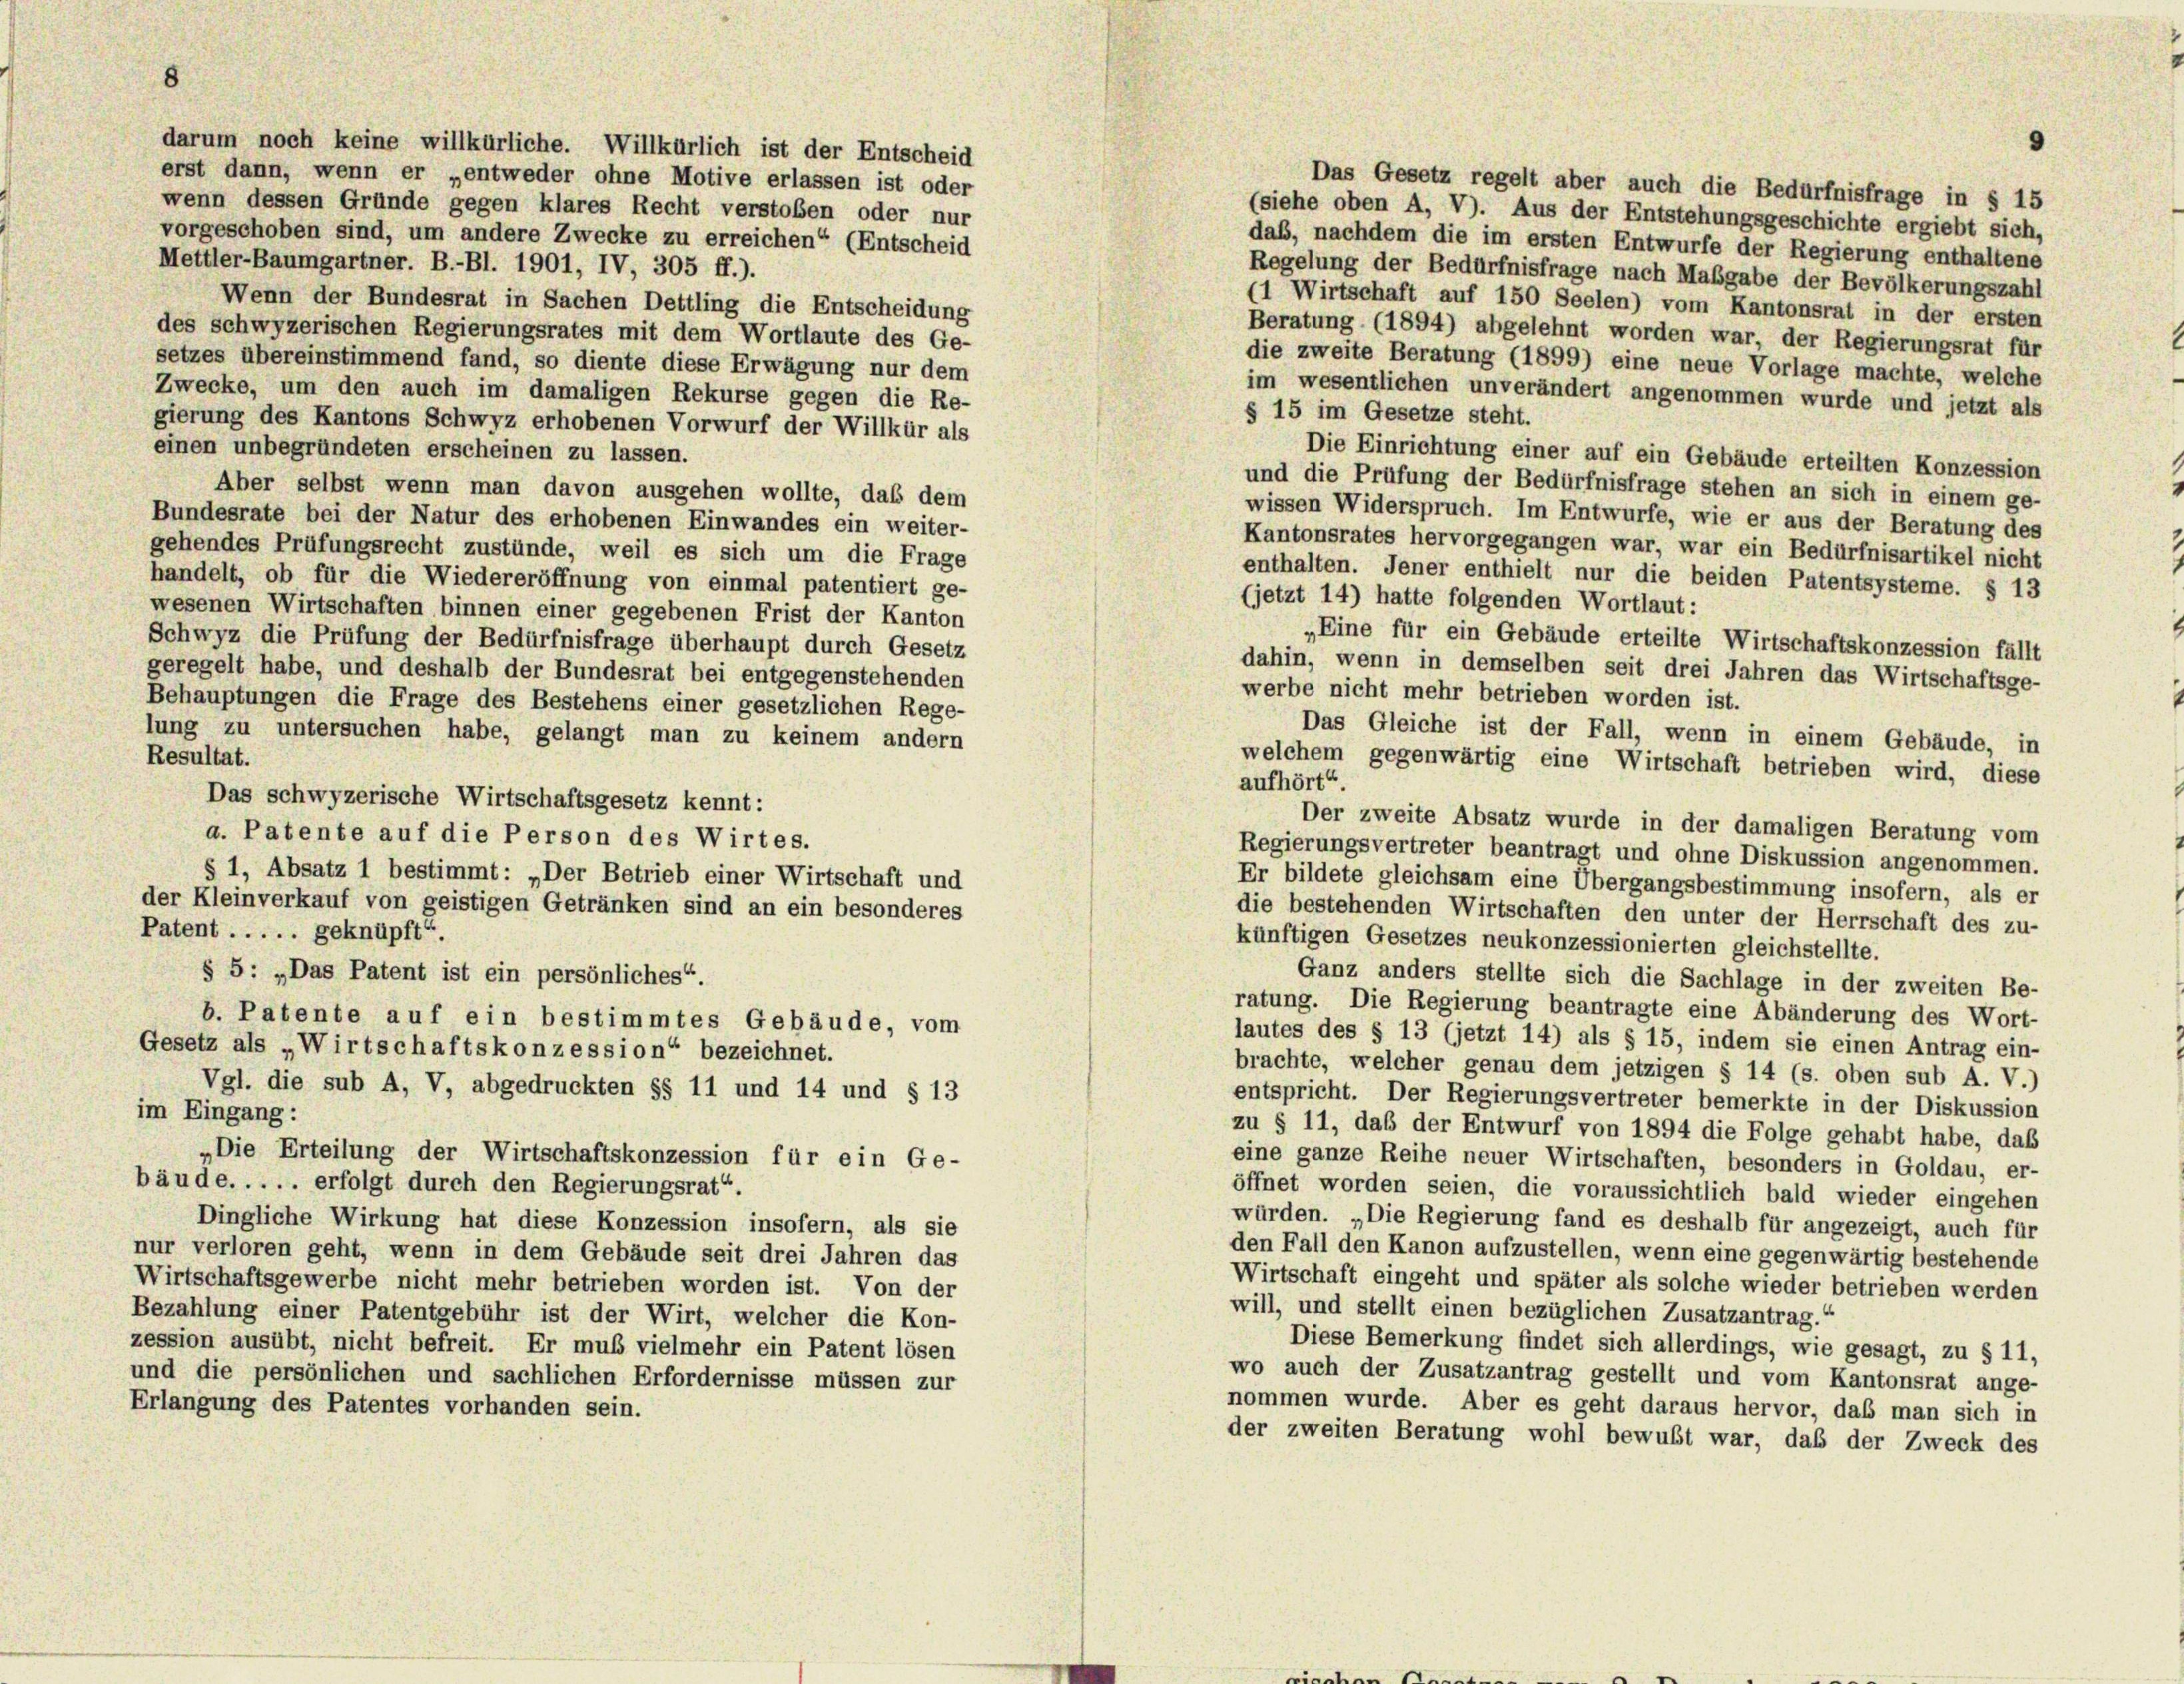
E

darum noch keine willkürliche. Willkürlich ist der Entscheid
erst dann, wenn er „entweder ohne Motive erlassen ist oder
wenn dessen Gründe gegen klares Recht verstoben oder nur

Das Gesetz regelt aber auch die Bedürfnisfrage in § 15
(siehe oben A, V). Aus der Entstehungsgeschichte ergiebt sich,
vorgeschoben sind, um andere Zwecke zu erreichen“ (Entscheid
daß, nachdem die im ersten Entwurfe der Regierung enthaltene
Mettler-Baumgartner. B.-Bl. 1901, IV, 305 ff.).
Regelung der Bedürfnisfrage nach Maßgabe der Bevölkerungszahl
Wenn der Bundesrat in Sachen Dettling die Entscheidung
(1 Wirtschaft auf 150 Seelen) vom Kantonsrat in der ersten
des schwyzerischen Regierungsrates mit dem Wortlaute des Ge-
Beratung (1894) abgelehnt worden war, der Regierungsrat für
setzes übereinstimmend fand, so diente diese Erwägung nur dem
die zweite Beratung (1899) eine neue Vorlage machte, welche
Zwecke, um den auch im damaligen Rekurse gegen die Re-
im wesentlichen unverändert angenommen wurde und jetzt als
§ 15 im Gesetze steht.
gierung des Kantons Schwyz erhobenen Vorwurf der Willkür als
einen unbegründeten erscheinen zu lassen.
Die Einrichtung einer auf ein Gebäude erteilten Konzession
und die Prüfung der Bedürfnisfrage stehen an sich in einem ge-
Aber selbst wenn man davon ausgehen wollte, daß dem
wissen Widerspruch. Im Entwurfe, wie er aus der Beratung des
Bundesrate bei der Natur des erhobenen Einwandes ein weiter-
Kantonsrates hervorgegangen war, war ein Bedürfnisartikel nicht
gehendes Prüfungsrecht zustünde, weil es sich um die Frage
enthalten. Jener enthielt nur die beiden Patentsysteme. § 13
handelt, ob für die Wiedereröffnung von einmal patentiert ge-
(jetzt 14) hatte folgenden Wortlaut:
wesenen Wirtschaften binnen einer gegebenen Frist der Kanton
„Eine für ein Gebäude erteilte Wirtschaftskonzession fällt
Schwyz die Prüfung der Bedürfnisfrage überhaupt durch Gesetz
dahin, wenn in demselben seit drei Jahren das Wirtschaftsge-
geregelt habe, und deshalb der Bundesrat bei entgegenstehenden
werbe nicht mehr betrieben worden ist.
Behauptungen die Frage des Bestehens einer gesetzlichen Rege-
lung zu untersuchen habe, gelangt man zu keinem andern
Das Gleiche ist der Fall, wenn in einem Gebäude, in
Resultat.
welchem gegenwärtig eine Wirtschaft betrieben wird, diese
aufhört“.
Das schwyzerische Wirtschaftsgesetz kennt:
Der zweite Absatz wurde in der damaligen Beratung vom
a. Patente auf die Person des Wirtes.
Regierungsvertreter beantragt und ohne Diskussion angenommen.
§ 1, Absatz 1 bestimmt: „Der Betrieb einer Wirtschaft und
Er bildete gleichsam eine Übergangsbestimmung insofern, als er
der Kleinverkauf von geistigen Getränken sind an ein besonderes
die bestehenden Wirtschaften den unter der Herrschaft des zu-
Patent ..... geknüpft“.
künftigen Gesetzes neukonzessionierten gleichstellte.
§ 5: „Das Patent ist ein persönliches“.
Ganz anders stellte sich die Sachlage in der zweiten Be-
ratung. Die Regierung beantragte eine Abänderung des Wort-
b. Patente auf ein bestimmtes Gebäude, vom
lautes des § 13 (jetzt 14) als § 15, indem sie einen Antrag ein-
Gesetz als „Wirtschaftskonzession“ bezeichnet.
brachte, welcher genau dem jetzigen § 14 (s. oben sub A. V.)
Vgl. die sub A, V, abgedruckten §§ 11 und 14 und § 13
entspricht. Der Regierungsvertreter bemerkte in der Diskussion
im Eingang:
zu § 11, daß der Entwurf von 1894 die Folge gehabt habe, daß
„Die Erteilung der Wirtschaftskonzession für ein Ge-
eine ganze Reihe neuer Wirtschaften, besonders in Goldau, er-
äude. . . . . erfolgt durch den Regierungsrat“.
öffnet worden seien, die voraussichtlich bald wieder eingehen
würden. „Die Regierung fand es deshalb für angezeigt, auch für
Dingliche Wirkung hat diese Konzession insofern, als sie
den Fall den Kanon aufzustellen, wenn eine gegenwärtig bestehende
nur verloren geht, wenn in dem Gebäude seit drei Jahren das
Wirtschaft eingeht und später als solche wieder betrieben werden
Wirtschaftsgewerbe nicht mehr betrieben worden ist. Von der
will, und stellt einen bezüglichen Zusatzantrag.“
Bezahlung einer Patentgebühr ist der Wirt, welcher die Kon-
ession ausübt, nicht befreit. Er muß vielmehr ein Patent lösen
Diese Bemerkung findet sich allerdings, wie gesagt, zu § 11,
wo auch der Zusatzantrag gestellt und vom Kantonsrat ange-
nd die persönlichen und sachlichen Erfordernisse müssen zur
nommen wurde. Aber es geht daraus hervor, daß man sich in
Erlangung des Patentes vorhanden sein.
der zweiten Beratung wohl bewußt war, daß der Zweck des